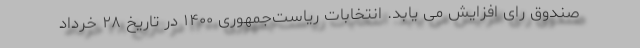
صندوق رای افزایش می یابد. انتخابات ریاست‌جمهوری ۱۴۰۰ در تاریخ ۲۸ خرداد